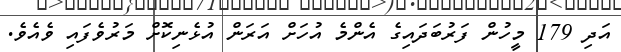
އަދި 179 މީހުން ފަރުބަދައިގެ އެންމެ އުހަށް އަރަން އުޅެނިކޮށް މަރުވެފައި ވެއެވެ.